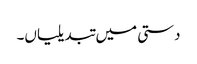
دستی میں تبدیلیاں۔